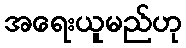
အရေးယူမည်ဟု